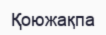
Қоюжақпа